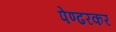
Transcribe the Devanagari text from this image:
पेण्ढरकर